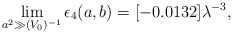
\begin{align*}\lim_{a^2 \gg (V_0)^{-1}} \epsilon_4(a,b)=[-0.0132] \lambda^{-3},\end{align*}